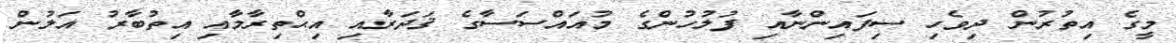
މީގެ އިތުރުން ދިވެހި ސިފައިންނާއި ފުލުހުންގެ މުއައްސަސާގެ ޤަދަރާއި އިޙްތިރާމާއި އިތުބާރު އަލުން